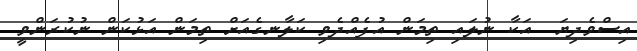
އިސްވެދިޔަ  އަކާ ނުލައި ތިމަން އުފެއްދެވި ކަލާނގެއަށް ތިމަން އަޅުކަން ނުކުރަންވީ